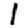
Digit: 1